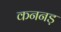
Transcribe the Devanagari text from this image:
कननड़